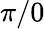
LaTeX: \pi/0